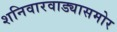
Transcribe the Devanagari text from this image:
शनिवारवाड्यासमोर